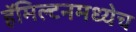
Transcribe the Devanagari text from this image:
हॅमिल्टनमध्येच